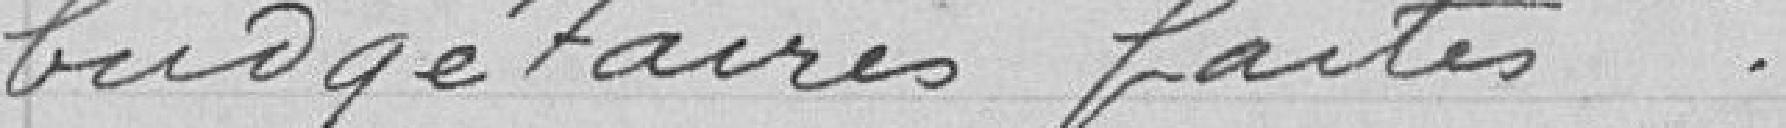
budgétaires faites.